Indian journal of veterinary science and animal husbandry - Volumes 28-29, 1958-1959
Year: 1958
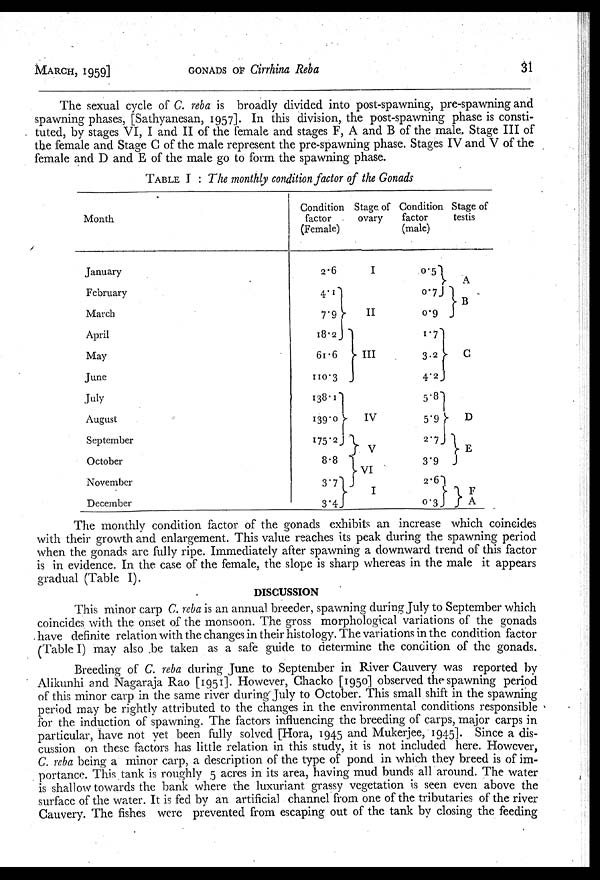
MARCH, 1959]
GONADS
OF
Cirrhina Reba
31
The sexual cycle of C. reba is broadly divided into post-spawning, pre-spawning and
spawning phases, [Sathyanesan, 1957]. In this division, the post-spawning phase is consti-
tuted, by stages VI, I and II of the female and stages F, A and B of the male. Stage III of
the female and Stage C of the male represent the pre-spawning phase. Stages IV and V of the
female and D and E of the male go to form the spawning phase.
TABLE I : The monthly condition factor of the Gonads
Month
January
February
March
April
May
June
July
August
September
October
November
December
Condition
factor
(Female)
2.6
4.1
7.9
18.2
61.6
110.3
138.1
139.0
175.2
8.8
3.7
3.4
Stage of
ovary
I
II
IV
VI
III
V
I
Condition
factor
(male)
0.5
0.7
0.9
1.7
3.2
4.2
5.8
5.9
2.7
3.9
2.6
0.3
Stage of
testis
A
C
D
F A
B
E
The monthly condition factor of the gonads exhibits an increase which coincides
with their growth and enlargement. This value reaches its peak during the spawning period
when the gonads are fully ripe. Immediately after spawning a downward trend of this factor
is in evidence. In the case of the female, the slope is sharp whereas in the male it appears
gradual (Table I).
DISCUSSION
This minor carp C. reba is an annual breeder, spawning during July to September which
coincides with the onset of the monsoon. The gross morphological variations of the gonads
have definite relation with the changes in their histology. The variations in the condition factor
(Table I) may also be taken as a safe guide to determine the condition of the gonads.
Breeding of C. reba during June to September in River Cauvery was reported by
Alikunhi and Nagaraja Rao [1951]. However, Chacko [1950] observed the spawning period
of this minor carp in the same river during July to October. This small shift in the spawning
period may be rightly attributed to the changes in the environmental conditions responsible
for the induction of spawning. The factors influencing the breeding of carps, major carps in
particular, have not yet been fully solved [Hora, 1945 and Mukerjee, 1945]. Since a dis-
cussion on these factors has little relation in this study, it is not included here. However,
C. reba being a minor carp, a description of the type of pond in which they breed is of im-
portance. This tank is roughly 5 acres in its area, having mud bunds all around. The water
is shallow towards the bank where the luxuriant grassy vegetation is seen even above the
surface of the water. It is fed by an artificial channel from one of the tributaries of the river
Cauvery. The fishes were prevented from escaping out of the tank by closing the feeding